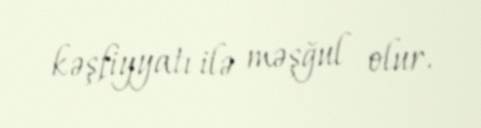
kəşfiyyatı ilə məşğul olur.